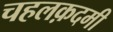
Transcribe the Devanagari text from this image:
चहलक़दमी